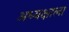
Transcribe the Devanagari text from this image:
अध्यक्षाला